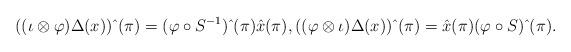
LaTeX: \begin{align*}((\iota\otimes\varphi)\Delta( x))\,\hat{}\,(\pi)=(\varphi\circ S^{-1})\,\hat{}\,(\pi)\hat{x}(\pi),((\varphi\otimes\iota)\Delta( x))\,\hat{}\,(\pi)=\hat{x}(\pi)(\varphi\circ S)\,\hat{}\,(\pi).\end{align*}